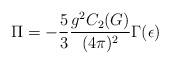
LaTeX: \begin{align*}\Pi = -\frac{5}{3} \frac{g^2 C_2(G)}{(4\pi)^2} \Gamma(\epsilon)\end{align*}